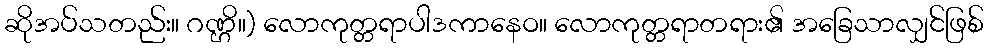
ဆိုအပ်သတည်း။ ဂဏ္ဌိ။) လောကုတ္တရာပါဒကာနေဝ။ လောကုတ္တရာတရား၏ အခြေသာလျှင်ဖြစ်